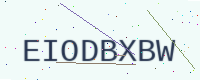
Text: EIODBXBW